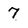
Character: 7